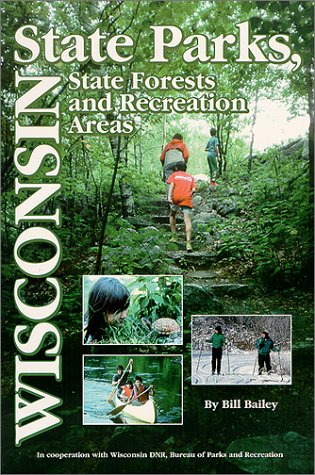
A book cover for Wisconsin State Parks: A Complete Recreation Guide (State Park Guidebooks); Bill Bailey; Travel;